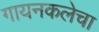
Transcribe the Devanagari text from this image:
गायनकलेचा